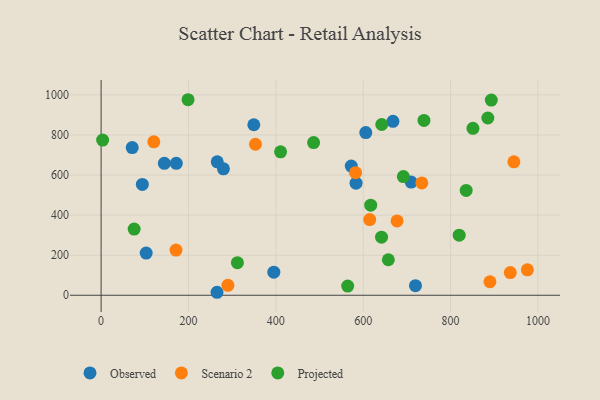
{"axis": {"x": "Study Hours", "y": "Demand"}, "legend": ["Observed", "Projected", "Scenario 2"], "data": [{"x": "395.4", "y": 115.2, "type": "Observed"}, {"x": "71.2", "y": 737.2, "type": "Observed"}, {"x": "668.1", "y": 867.8, "type": "Observed"}, {"x": "606.0", "y": 812.0, "type": "Observed"}, {"x": "280.1", "y": 631.0, "type": "Observed"}, {"x": "103.2", "y": 210.6, "type": "Observed"}, {"x": "265.4", "y": 14.9, "type": "Observed"}, {"x": "709.8", "y": 564.8, "type": "Observed"}, {"x": "583.7", "y": 559.6, "type": "Observed"}, {"x": "265.9", "y": 665.7, "type": "Observed"}, {"x": "719.7", "y": 47.7, "type": "Observed"}, {"x": "94.4", "y": 553.1, "type": "Observed"}, {"x": "572.7", "y": 644.5, "type": "Observed"}, {"x": "144.8", "y": 658.3, "type": "Observed"}, {"x": "172.1", "y": 658.3, "type": "Observed"}, {"x": "349.6", "y": 850.9, "type": "Observed"}, {"x": "582.5", "y": 611.7, "type": "Scenario 2"}, {"x": "677.6", "y": 371.1, "type": "Scenario 2"}, {"x": "171.5", "y": 225.4, "type": "Scenario 2"}, {"x": "890.2", "y": 67.5, "type": "Scenario 2"}, {"x": "936.8", "y": 113.4, "type": "Scenario 2"}, {"x": "734.2", "y": 560.8, "type": "Scenario 2"}, {"x": "353.4", "y": 753.7, "type": "Scenario 2"}, {"x": "945.0", "y": 666.0, "type": "Scenario 2"}, {"x": "615.0", "y": 377.8, "type": "Scenario 2"}, {"x": "290.3", "y": 49.6, "type": "Scenario 2"}, {"x": "120.7", "y": 765.7, "type": "Scenario 2"}, {"x": "975.9", "y": 126.7, "type": "Scenario 2"}, {"x": "617.2", "y": 449.5, "type": "Projected"}, {"x": "199.1", "y": 975.8, "type": "Projected"}, {"x": "739.2", "y": 872.3, "type": "Projected"}, {"x": "893.3", "y": 973.9, "type": "Projected"}, {"x": "851.3", "y": 833.2, "type": "Projected"}, {"x": "312.1", "y": 162.5, "type": "Projected"}, {"x": "819.8", "y": 299.7, "type": "Projected"}, {"x": "410.9", "y": 715.9, "type": "Projected"}, {"x": "486.5", "y": 762.1, "type": "Projected"}, {"x": "657.6", "y": 177.3, "type": "Projected"}, {"x": "564.5", "y": 45.9, "type": "Projected"}, {"x": "642.5", "y": 852.1, "type": "Projected"}, {"x": "835.8", "y": 523.3, "type": "Projected"}, {"x": "692.0", "y": 592.5, "type": "Projected"}, {"x": "885.4", "y": 884.7, "type": "Projected"}, {"x": "3.5", "y": 774.6, "type": "Projected"}, {"x": "642.0", "y": 289.8, "type": "Projected"}, {"x": "75.7", "y": 330.4, "type": "Projected"}]}